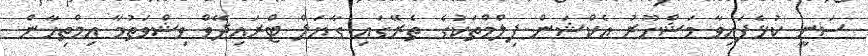
ސަނީ ކުޅެފައިވާ މަޝްހޫރު އެކްޝަން ފިލްމްތަކުގެ ތެރޭގައި ގާޔަލް ޓްރައިދޭވް ވިޝްވަތުމާ އިމްތިހާން